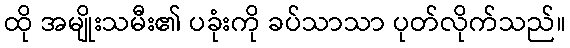
ထို အမျိုးသမီး၏ ပခုံးကို ခပ်သာသာ ပုတ်လိုက်သည်။